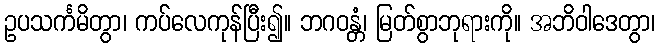
ဥပသင်္ကမိတွာ၊ ကပ်လေကုန်ပြီး၍။ ဘဂဝန္တံ၊ မြတ်စွာဘုရားကို။ အဘိဝါဒေတွာ၊